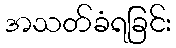
အသတ်ခံရခြင်း